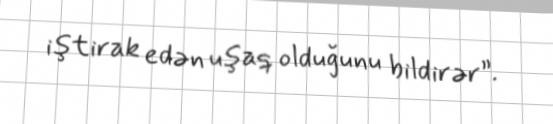
iştirak edən uşaq olduğunu bildirər”.